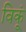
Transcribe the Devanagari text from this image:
विकूं